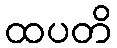
ထပတိ